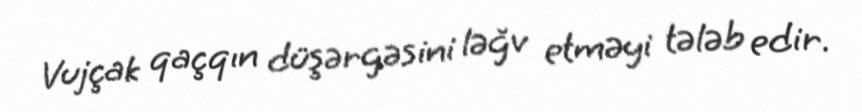
Vujçak qaçqın düşərgəsini ləğv etməyi tələb edir.